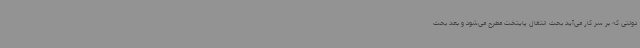
دولتی که بر سر کار می‌آید بحث انتقال پایتخت مطرح می‌شود و بعد بحث